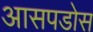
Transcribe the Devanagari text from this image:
आसपडोस